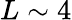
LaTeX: L\sim 4